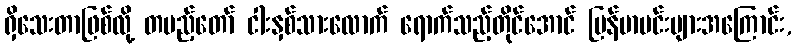
ရှိသေးတာဖြစ်လို့ တပည့်တော် ငါးနှစ်သားလောက် ရောက်သည့်တိုင်အောင် မြန်မာမင်းများအကြောင်း,